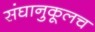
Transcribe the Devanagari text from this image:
संघानुकूलच